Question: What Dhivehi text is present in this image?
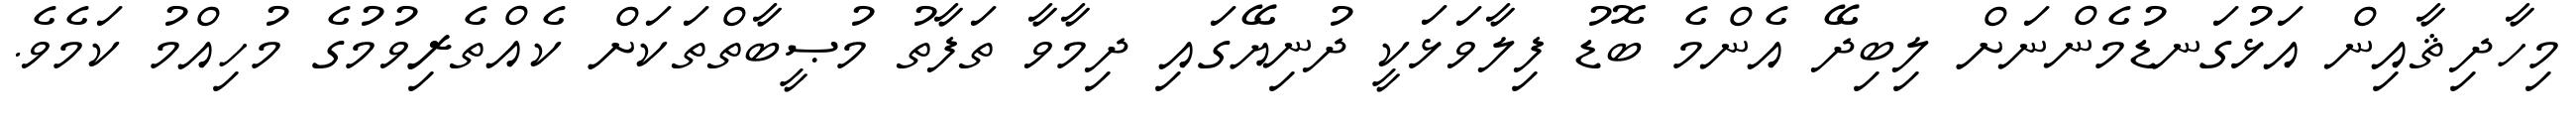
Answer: މިހާދިޘާއިން އަޅުގަނޑުމެންނަށް ލިބިދޭ އެންމެ ބޮޑު ފިލާވަޅަކީ ދުނިޔޭގައި ދިމާވާ ތަފާތު މުޞީބާތްތަކަށް ކެއްތެރިވުމުގެ މުހިއްމު ކަމެވެ.